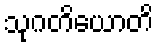
သုဂတိယောတိ